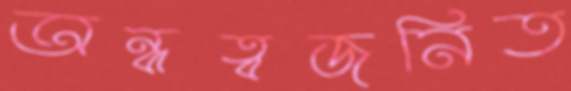
অন্ধত্বজনিত